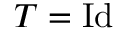
T = \mathrm { { I d } }